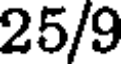
25/9